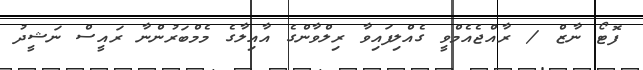
ފޮޓޯ ނާޒް / ރާއްޖެއެމްވީ ގެއްލިފައިވާ ރިލްވާންގެ އާއިލާގެ މެމްބަރުންނާ ރައީސް ނަޝީދު